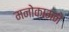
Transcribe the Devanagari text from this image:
मनोकामने